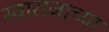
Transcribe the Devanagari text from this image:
स्वाराजाच्या